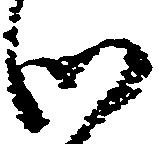
御